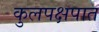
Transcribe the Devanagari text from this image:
कुलपक्षपात